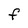
Character: F